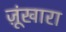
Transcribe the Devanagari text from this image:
ज़ूंखारा